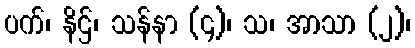
ပက်၊ နိဌ်၊ သန်နာ (၄)၊ သ၊ အာသာ (၂)၊